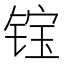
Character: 𲈉